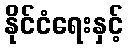
နိုင်ငံရေးနှင့်